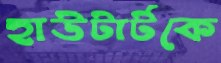
হাউটার্টকে